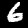
Label: 6